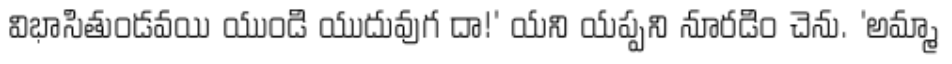
విభాసితుండవయి యుండి యుదువుగ దా!' యని యప్పని నూరడిం చెను. 'అమ్మా